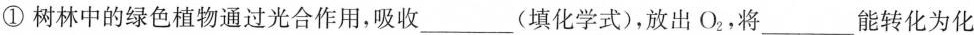
①树林中的绿色植物通过光合作用，吸收___(填化学式)，放出O_{2}，将___能转化为化